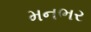
મનભર